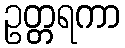
ဥတ္တရကာ